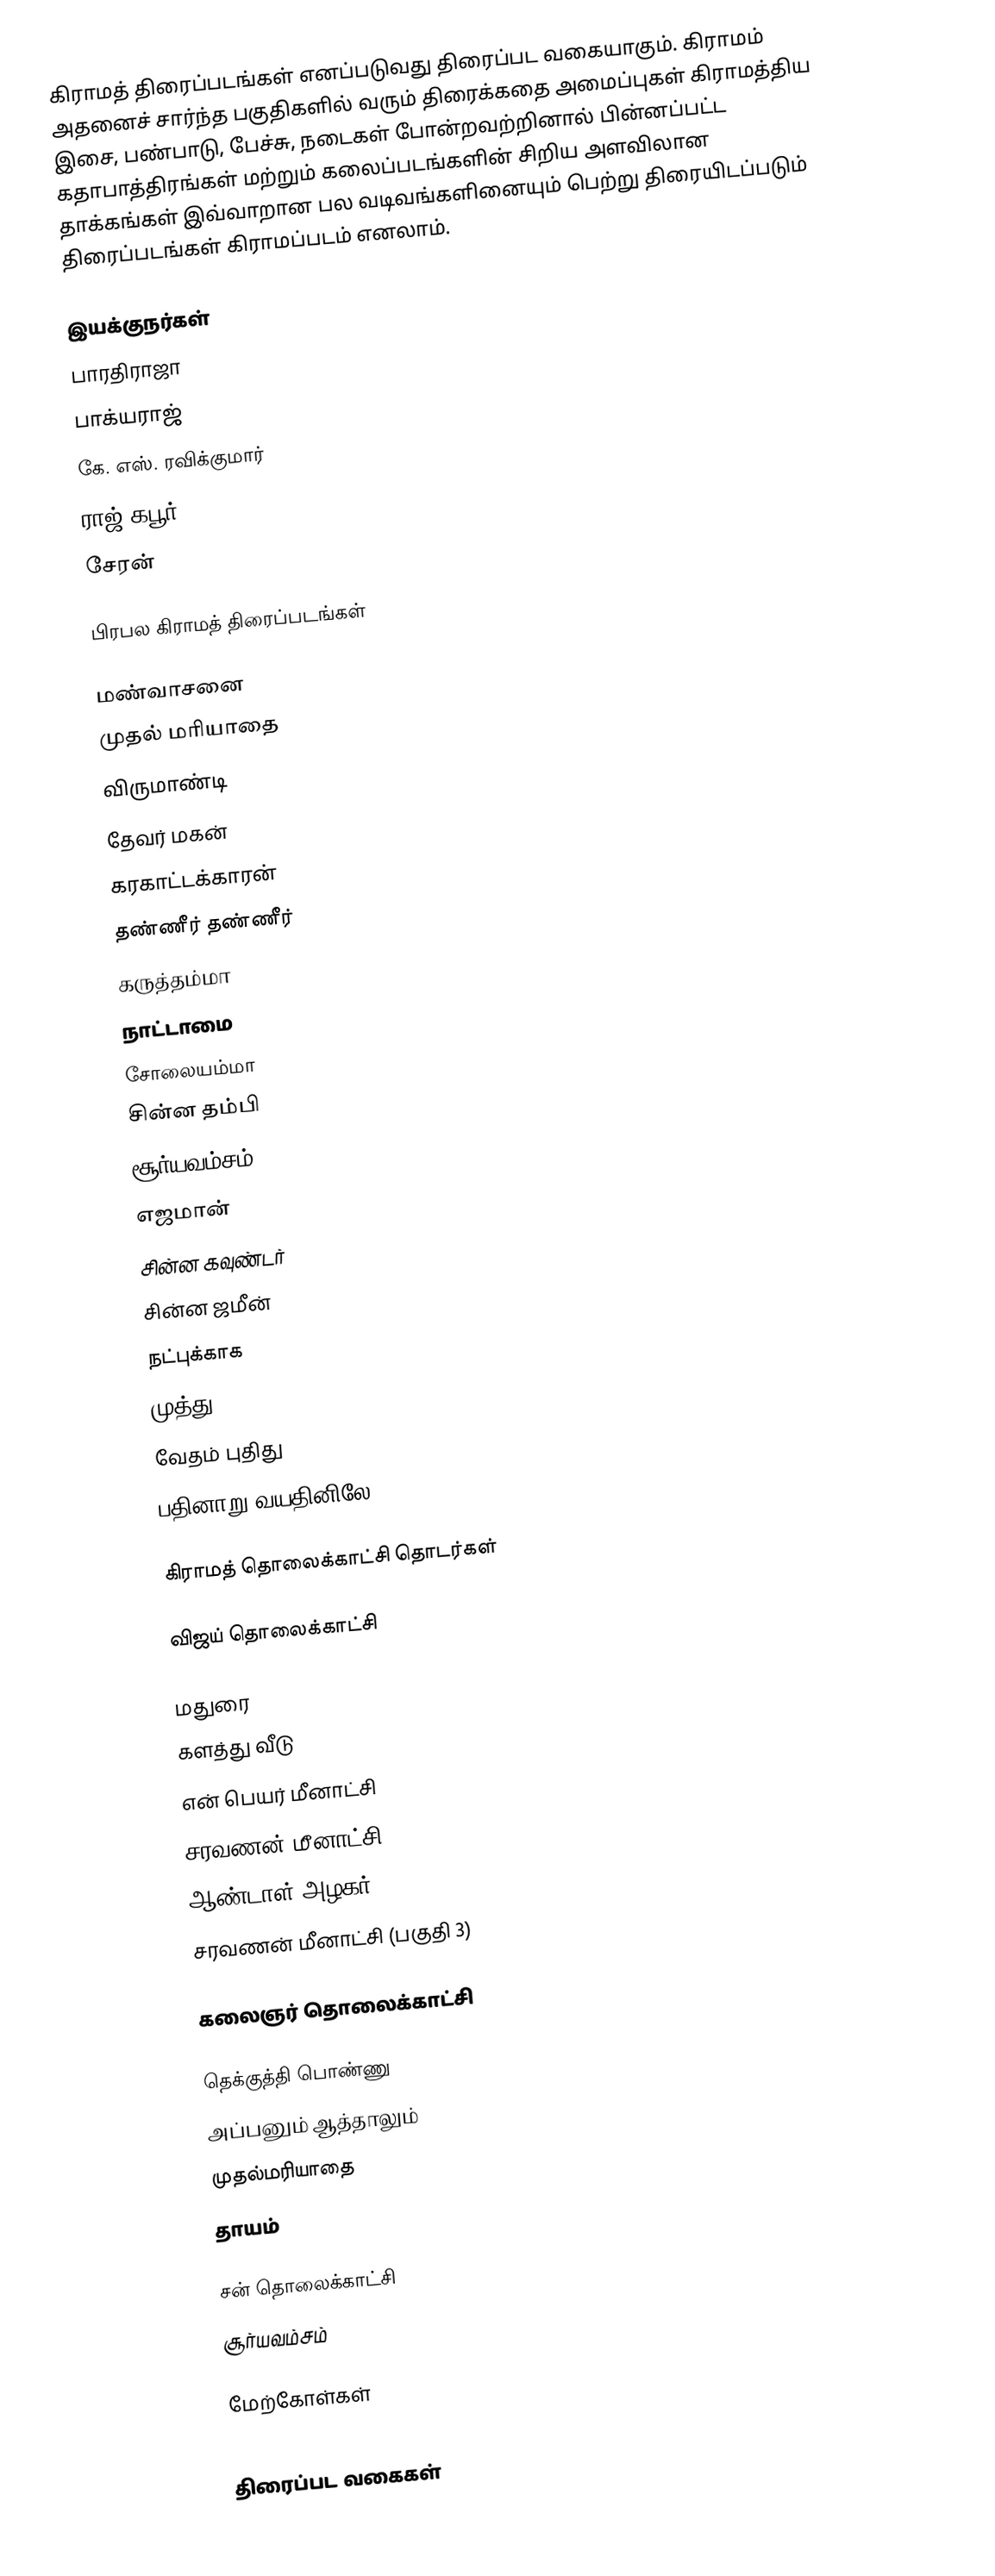
கிராமத் திரைப்படங்கள் எனப்படுவது திரைப்பட வகையாகும். கிராமம் அதனைச் சார்ந்த பகுதிகளில் வரும் திரைக்கதை அமைப்புகள் கிராமத்திய இசை, பண்பாடு, பேச்சு, நடைகள் போன்றவற்றினால் பின்னப்பட்ட கதாபாத்திரங்கள் மற்றும் கலைப்படங்களின் சிறிய அளவிலான தாக்கங்கள் இவ்வாறான பல வடிவங்களினையும் பெற்று திரையிடப்படும் திரைப்படங்கள் கிராமப்படம் எனலாம்.

இயக்குநர்கள்
 பாரதிராஜா
 பாக்யராஜ்
 கே. எஸ். ரவிக்குமார்
 ராஜ் கபூர்
 சேரன்

பிரபல கிராமத் திரைப்படங்கள்

 மண்வாசனை
 முதல் மரியாதை
 விருமாண்டி
 தேவர் மகன்
 கரகாட்டக்காரன்
 தண்ணீர் தண்ணீர்
 கருத்தம்மா
 நாட்டாமை
 சோலையம்மா
 சின்ன தம்பி
 சூர்யவம்சம்
 எஜமான்
 சின்ன கவுண்டர்
 சின்ன ஜமீன்
 நட்புக்காக
 முத்து
 வேதம் புதிது
 பதினாறு வயதினிலே

கிராமத் தொலைக்காட்சி தொடர்கள்

விஜய் தொலைக்காட்சி

 மதுரை
 களத்து வீடு
 என் பெயர் மீனாட்சி
 சரவணன் மீனாட்சி
 ஆண்டாள் அழகர்
 சரவணன் மீனாட்சி (பகுதி 3)

கலைஞர் தொலைக்காட்சி

 தெக்குத்தி பொண்ணு
 அப்பனும் ஆத்தாலும்
 முதல்மரியாதை
 தாயம்

சன் தொலைக்காட்சி
 சூர்யவம்சம்

மேற்கோள்கள்

திரைப்பட வகைகள்